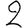
Digit: 2